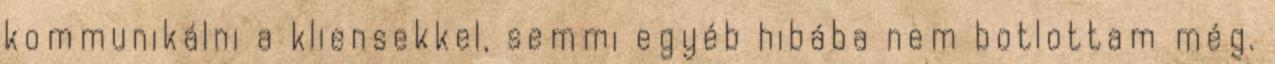
kommunikálni a kliensekkel, semmi egyéb hibába nem botlottam még.